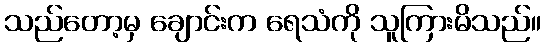
သည်တော့မှ ချောင်းက ရေသံကို သူကြားမိသည်။